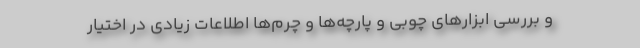
و بررسی ابزار‌های چوبی و پارچه‌ها و چرم‌ها اطلاعات زیادی در اختیار